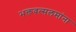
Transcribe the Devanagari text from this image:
भक्तवत्सलमांना